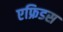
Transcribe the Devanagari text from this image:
एफ्रिडस